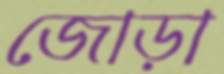
জোড়া